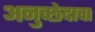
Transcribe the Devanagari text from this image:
अनुच्छेदाचा